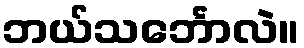
ဘယ်သင်္ဘောလဲ။